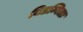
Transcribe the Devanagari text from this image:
विडम्बिताः